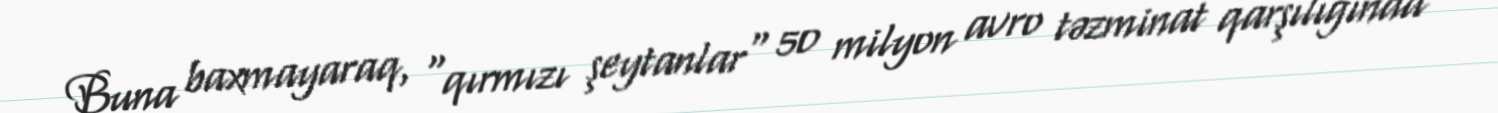
Buna baxmayaraq, "qırmızı şeytanlar" 50 milyon avro təzminat qarşılığında